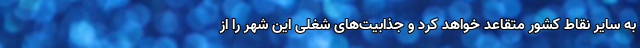
به ساير نقاط كشور متقاعد خواهد کرد و جذابیت‌های شغلی این شهر را از